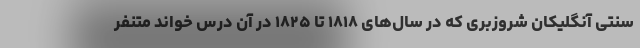
سنتی آنگلیکان شروزبری که در سال‌های ۱۸۱۸ تا ۱۸۲۵ در آن درس خواند متنفر